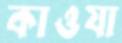
কাওযা